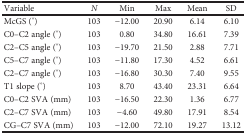
<table><thead><tr><td><b>Variable</b></td><td><b><i>N</i></b></td><td><b>Min</b></td><td><b>Max</b></td><td><b>Mean</b></td><td><b>SD</b></td></tr></thead><tbody><tr><td>McGS (°)</td><td>103</td><td>−12.00</td><td>20.90</td><td>6.14</td><td>6.10</td></tr><tr><td>C0–C2 angle (°)</td><td>103</td><td>0.80</td><td>34.80</td><td>16.61</td><td>7.39</td></tr><tr><td>C2–C5 angle (°)</td><td>103</td><td>−19.70</td><td>21.50</td><td>2.88</td><td>7.71</td></tr><tr><td>C5–C7 angle (°)</td><td>103</td><td>−11.80</td><td>17.30</td><td>4.52</td><td>6.61</td></tr><tr><td>C2–C7 angle (°)</td><td>103</td><td>−16.80</td><td>30.30</td><td>7.40</td><td>9.55</td></tr><tr><td>T1 slope (°)</td><td>103</td><td>8.70</td><td>43.40</td><td>23.31</td><td>6.64</td></tr><tr><td>C0–C2 SVA (mm)</td><td>103</td><td>−16.50</td><td>22.30</td><td>1.36</td><td>6.77</td></tr><tr><td>C2–C7 SVA (mm)</td><td>103</td><td>−4.60</td><td>49.80</td><td>17.91</td><td>8.54</td></tr><tr><td>CG–C7 SVA (mm)</td><td>103</td><td>−12.00</td><td>72.10</td><td>19.27</td><td>13.12</td></tr></tbody></table>